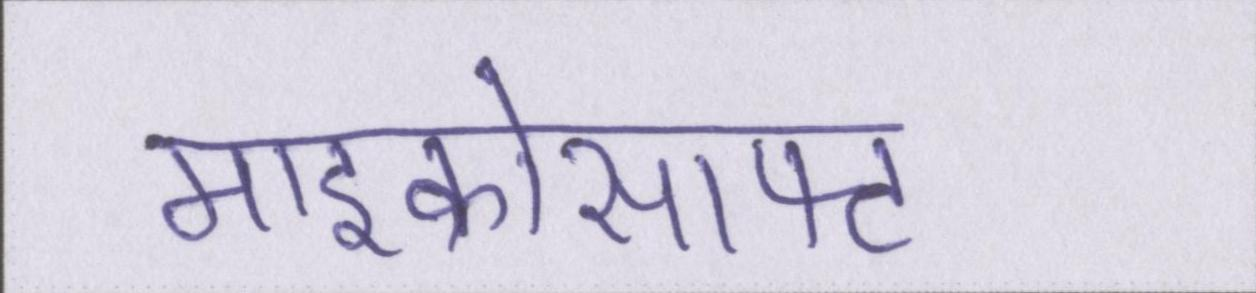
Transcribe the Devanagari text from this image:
माइक्रोसाफ्ट